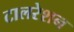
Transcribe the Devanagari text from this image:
टालरेशन